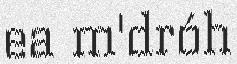
ea m'dróh